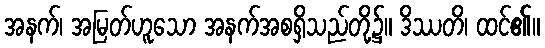
အနက်၊ အမြတ်ဟူသော အနက်အစရှိသည်တို့၌။ ဒိဿတိ၊ ထင်၏။